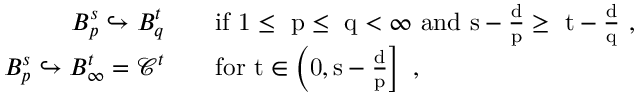
\begin{array} { r l } { B _ { p } ^ { s } \hookrightarrow B _ { q } ^ { t } } & { \quad \mathrm { i f ~ 1 \le ~ p \le ~ q < \infty ~ a n d ~ s - \frac { d } { p } \ge ~ t - \frac { d } { q } ~ } , } \\ { B _ { p } ^ { s } \hookrightarrow B _ { \infty } ^ { t } = \mathcal { C } ^ { t } } & { \quad \mathrm { f o r ~ t \in \left( 0 , s - \frac { d } { p } \right] ~ , } } \end{array}